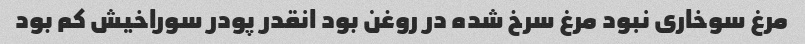
مرغ سوخاری نبود مرغ سرخ شده در روغن بود انقدر پودر سوراخیش کم بود